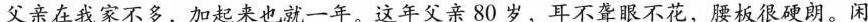
父亲在我家不多，加起来也就一年。这年父亲80岁，耳不聋眼不花，腰板很硬朗。闲